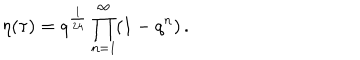
\eta ( \tau ) = q ^ { \frac { 1 } { 2 4 } } \prod _ { n = 1 } ^ { \infty } ( 1 - q ^ { n } ) \, .